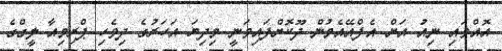
އޮއްވައި ނިއު އަށް އެފްއޭއެމުން ދޫކޮށްފައިވަނީ މިދިޔަ އަހަރުގެ ދިވެހި ޕްރިމިއާ ލީގްގެ